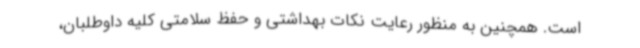
است. همچنین به منظور رعایت نکات بهداشتی و حفظ سلامتی کلیه داوطلبان،